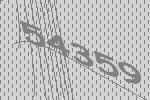
54359